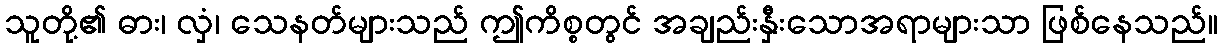
သူတို့၏ ဓား၊ လှံ၊ သေနတ်များသည် ဤကိစ္စတွင် အချည်းနှီးသောအရာများသာ ဖြစ်နေသည်။